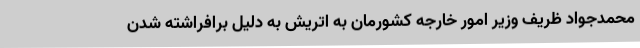
محمدجواد ظریف وزیر امور خارجه کشورمان به اتریش به دلیل برافراشته شدن